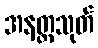
အနတ္တသုတ်